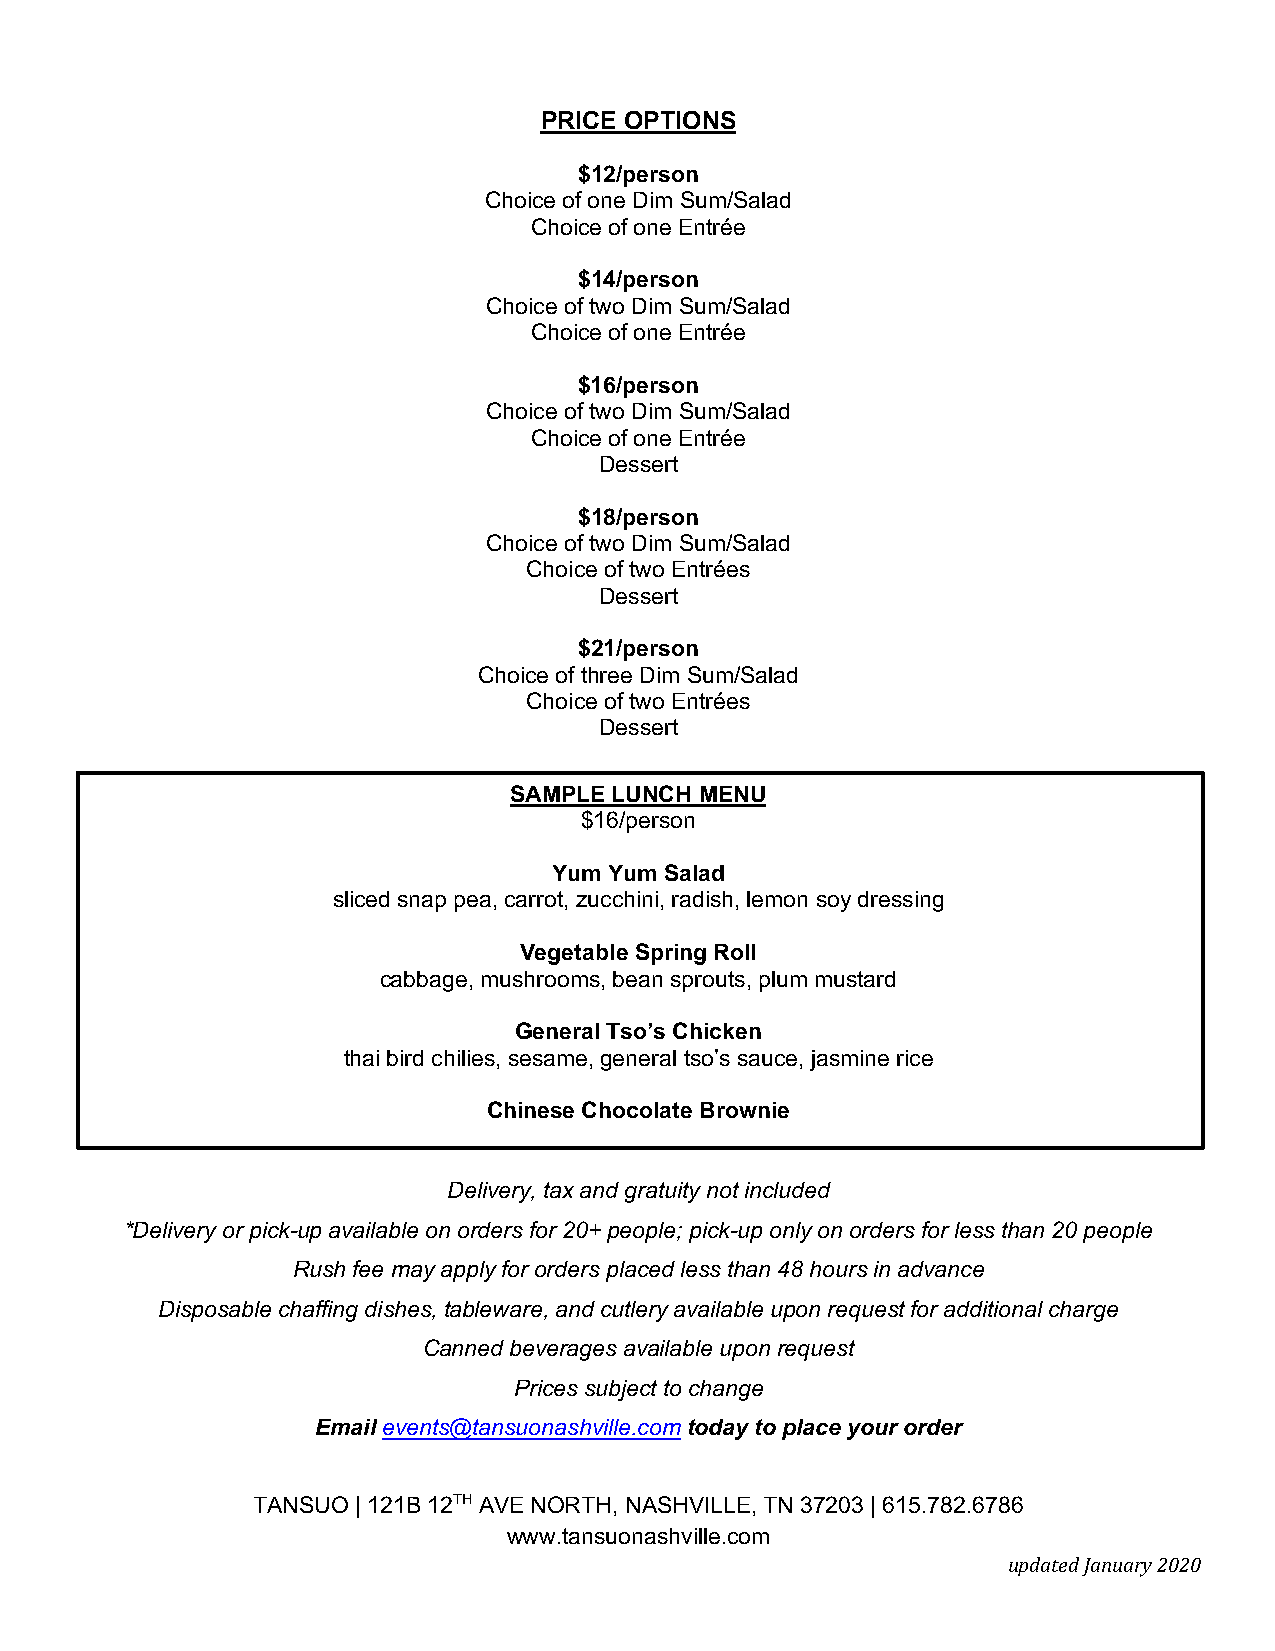
PRICE OPTIONS
 $12/person
 Choice of one Dim Sum/Salad
 Choice of one Entrée
 $14/person
 Choice of two Dim Sum/Salad
 Choice of one Entrée
 $16/person
 Choice of two Dim Sum/Salad
 Choice of one Entrée
 Dessert
 $18/person
 Choice of two Dim Sum/Salad
 Choice of two Entrées
 Dessert
 $21/person
 Choice of three Dim Sum/Salad
 Choice of two Entrées
 Dessert
 SAMPLE LUNCH MENU
 $16/person
 Yum Yum Salad
 sliced snap pea, carrot, zucchini, radish, lemon soy dressing
 Vegetable Spring Roll
 cabbage, mushrooms, bean sprouts, plum mustard
 General Tso’s Chicken
 thai bird chilies, sesame, general tso’s sauce, jasmine rice
 Chinese Chocolate Brownie
 Delivery, tax and gratuity not included
 *Delivery or pick-up available on orders for 20+ people; pick-up only on orders for less than 20 people
 Rush fee may apply for orders placed less than 48 hours in advance
 Disposable chaffing dishes, tableware, and cutlery available upon request for additional charge
 Canned beverages available upon request
 Prices subject to change
 Email events@tansuonashville.com today to place your order
 TANSUO | 121B 12TH AVE NORTH, NASHVILLE, TN 37203 | 615.782.6786
 www.tansuonashville.com
 updated January 2020